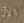
الآن